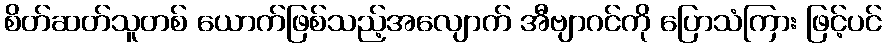
စိတ်ဆတ်သူတစ် ယောက်ဖြစ်သည့်အလျောက် အီဗျာဂင်ကို ပြောသံကြား ဖြင့်ပင်